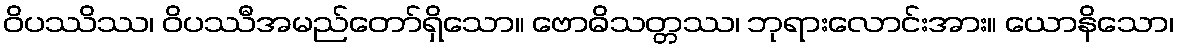
ဝိပဿိဿ၊ ဝိပဿီအမည်တော်ရှိသော။ ဗောဓိသတ္တဿ၊ ဘုရားလောင်းအား။ ယောနိသော၊